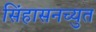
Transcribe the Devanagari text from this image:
सिंहासनच्युत